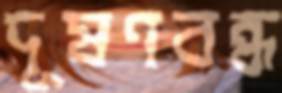
দূষণবন্ধ